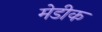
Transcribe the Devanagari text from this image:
मेडीक